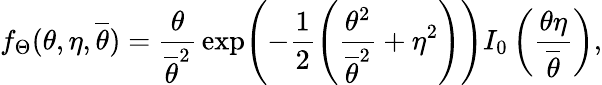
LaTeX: f_{\Theta}(\theta,\eta,\overline{{\theta}})=\frac{\theta}{\overline{{\theta}}^{2}}\, \exp\! \left(-\frac{1}{2}\left(\frac{\theta^{2}}{\overline{{\theta}}^{2}}+\eta^{2}\right)\right)I_{0}\left(\frac{\theta\eta}{\overline{{\theta}}}\right),